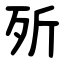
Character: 歽